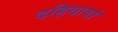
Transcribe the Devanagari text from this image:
दहियावां